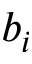
b _ { i }